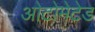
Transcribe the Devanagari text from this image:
ओटोमेटेड